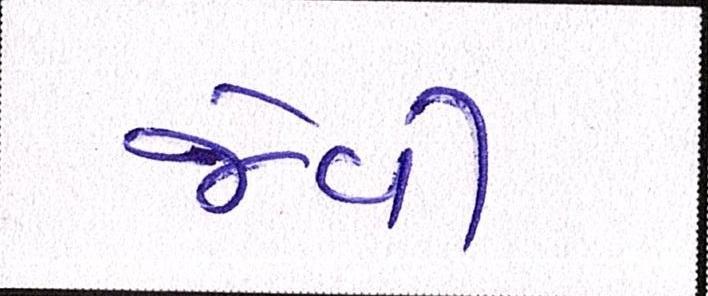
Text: જેવી